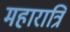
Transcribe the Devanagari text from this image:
महारात्रि